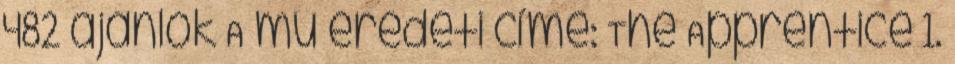
482 ajánlók A mű eredeti címe: The Apprentice 1.